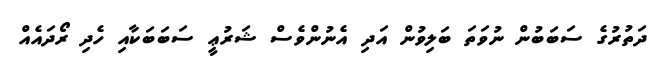
ދަތުރުގެ ސަބަބުން ނުވަތަ ބަލިވުން އަދި އެނުންވެސް ޝަރުޢީ ސަބަބަކާއި ހެދި ރޯދައެއް